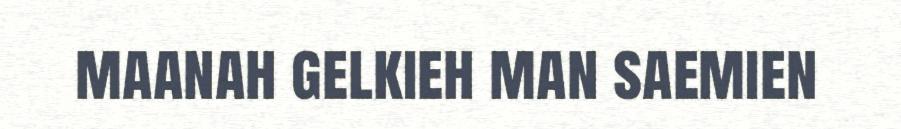
maanah gelkieh man saemien